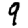
Digit: 9